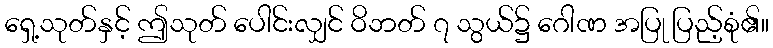
ရှေ့သုတ်နှင့် ဤသုတ် ပေါင်းလျှင် ဝိဘတ် ၇ သွယ်၌ ဂေါဏ အပြု ပြည့်စုံ၏။